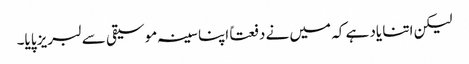
لیکن اتنا یاد ہے کہ میں نے دفعتاً اپنا سینہ موسیقی سے لبریز پایا۔